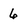
Character: 6